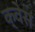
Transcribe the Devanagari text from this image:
क्वेस